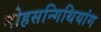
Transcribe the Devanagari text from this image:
नोहसन्गिथियांग